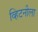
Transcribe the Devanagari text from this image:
व्हिटनीला